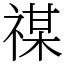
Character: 禖